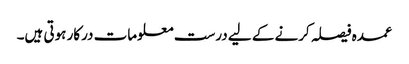
عمدہ فیصلہ کرنے کے لیے درست معلومات درکار ہوتی ہیں۔